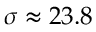
\sigma \approx 2 3 . 8 \